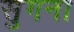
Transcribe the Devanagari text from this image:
सुगना